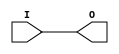
// $Header: /devl/xcs/repo/env/Databases/CAEInterfaces/verunilibs/s/IBUFG_LVDCI_DV2_15.v,v 1.8 2003/01/21 01:55:25 wloo Exp $

/*

FUNCTION	: INPUT BUFFER

*/

`timescale  100 ps / 10 ps


module IBUFG_LVDCI_DV2_15 (O, I);

    output O;

    input  I;

	buf B1 (O, I);

    specify
	(I *> O) = (0, 0);
    endspecify

endmodule